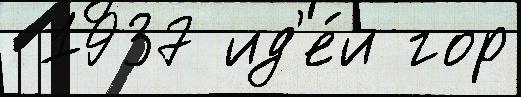
 1937 ид'е́и гор